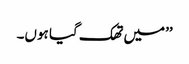
’’میں تھک گیا ہوں۔